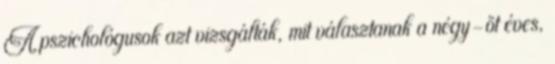
A pszichológusok azt vizsgálták, mit választanak a négy-öt éves,